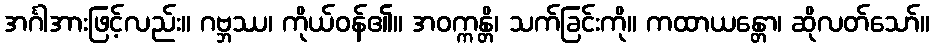
အင်္ဂါအားဖြင့်လည်း။ ဂဗ္ဘဿ၊ ကိုယ်ဝန်၏။ အဝက္ကန္တိ၊ သက်ခြင်းကို။ ကထာယန္တော၊ ဆိုလတ်သော်။